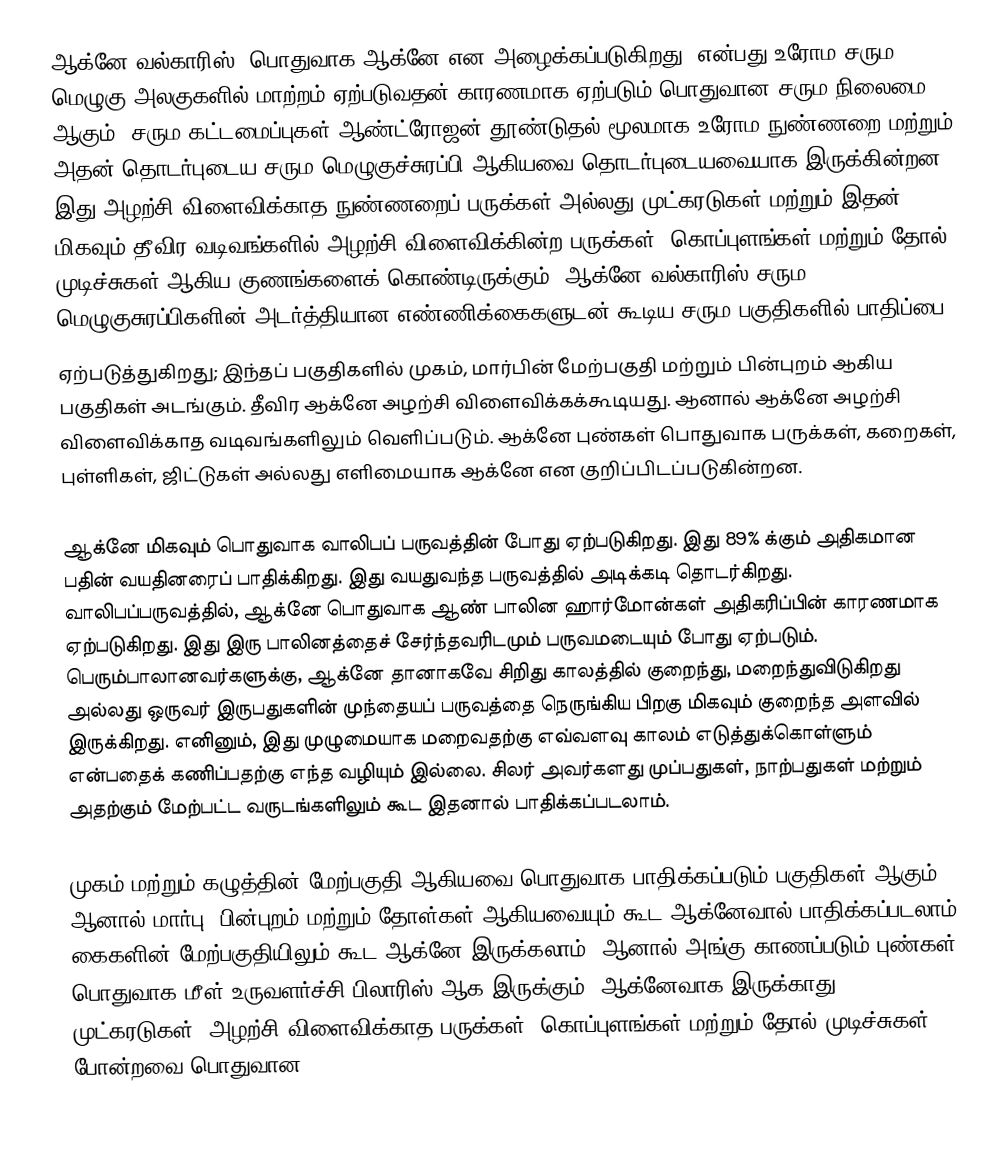
ஆக்னே வல்காரிஸ் (பொதுவாக ஆக்னே என அழைக்கப்படுகிறது) என்பது உரோம சரும மெழுகு அலகுகளில் மாற்றம் ஏற்படுவதன் காரணமாக ஏற்படும் பொதுவான சரும நிலைமை ஆகும். சரும கட்டமைப்புகள் ஆண்ட்ரோஜன் தூண்டுதல் மூலமாக உரோம நுண்ணறை மற்றும் அதன் தொடர்புடைய சரும மெழுகுச்சுரப்பி ஆகியவை தொடர்புடையவையாக இருக்கின்றன. இது அழற்சி விளைவிக்காத நுண்ணறைப் பருக்கள் அல்லது முட்கரடுகள் மற்றும் இதன் மிகவும் தீவிர வடிவங்களில் அழற்சி விளைவிக்கின்ற பருக்கள், கொப்புளங்கள் மற்றும் தோல் முடிச்சுகள் ஆகிய குணங்களைக் கொண்டிருக்கும். ஆக்னே வல்காரிஸ் சரும மெழுகுசுரப்பிகளின் அடர்த்தியான எண்ணிக்கைகளுடன் கூடிய சரும பகுதிகளில் பாதிப்பை
ஏற்படுத்துகிறது; இந்தப் பகுதிகளில் முகம், மார்பின் மேற்பகுதி மற்றும் பின்புறம் ஆகிய பகுதிகள் அடங்கும். தீவிர ஆக்னே அழற்சி விளைவிக்கக்கூடியது. ஆனால் ஆக்னே அழற்சி விளைவிக்காத வடிவங்களிலும் வெளிப்படும். ஆக்னே புண்கள் பொதுவாக பருக்கள், கறைகள், புள்ளிகள், ஜிட்டுகள் அல்லது எளிமையாக ஆக்னே என குறிப்பிடப்படுகின்றன.

ஆக்னே மிகவும் பொதுவாக வாலிபப் பருவத்தின் போது ஏற்படுகிறது. இது 89% க்கும் அதிகமான பதின் வயதினரைப் பாதிக்கிறது. இது வயதுவந்த பருவத்தில் அடிக்கடி தொடர்கிறது. வாலிபப்பருவத்தில், ஆக்னே பொதுவாக ஆண் பாலின ஹார்மோன்கள் அதிகரிப்பின் காரணமாக ஏற்படுகிறது. இது இரு பாலினத்தைச் சேர்ந்தவரிடமும் பருவமடையும் போது ஏற்படும். பெரும்பாலானவர்களுக்கு, ஆக்னே தானாகவே சிறிது காலத்தில் குறைந்து, மறைந்துவிடுகிறது அல்லது ஒருவர் இருபதுகளின் முந்தையப் பருவத்தை நெருங்கிய பிறகு மிகவும் குறைந்த அளவில் இருக்கிறது. எனினும், இது முழுமையாக மறைவதற்கு எவ்வளவு காலம் எடுத்துக்கொள்ளும் என்பதைக் கணிப்பதற்கு எந்த வழியும் இல்லை. சிலர் அவர்களது முப்பதுகள், நாற்பதுகள் மற்றும் அதற்கும் மேற்பட்ட வருடங்களிலும் கூட இதனால் பாதிக்கப்படலாம்.

முகம் மற்றும் கழுத்தின் மேற்பகுதி ஆகியவை பொதுவாக பாதிக்கப்படும் பகுதிகள் ஆகும். ஆனால் மார்பு, பின்புறம் மற்றும் தோள்கள் ஆகியவையும் கூட ஆக்னேவால் பாதிக்கப்படலாம். கைகளின் மேற்பகுதியிலும் கூட ஆக்னே இருக்கலாம். ஆனால் அங்கு காணப்படும் புண்கள் பொதுவாக மீள் உருவளர்ச்சி பிலாரிஸ் ஆக இருக்கும். ஆக்னேவாக இருக்காது. முட்கரடுகள், அழற்சி விளைவிக்காத பருக்கள், கொப்புளங்கள் மற்றும் தோல் முடிச்சுகள் போன்றவை பொதுவான